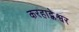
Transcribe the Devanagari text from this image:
करहाट्केश्वर